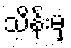
သိန်းမှ